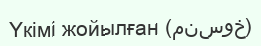
Үкімі жойылған (منسوخ)